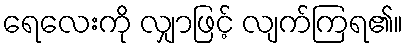
ရေလေးကို လျှာဖြင့် လျက်ကြရ၏။